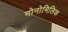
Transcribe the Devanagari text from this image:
मोनोमिलिक